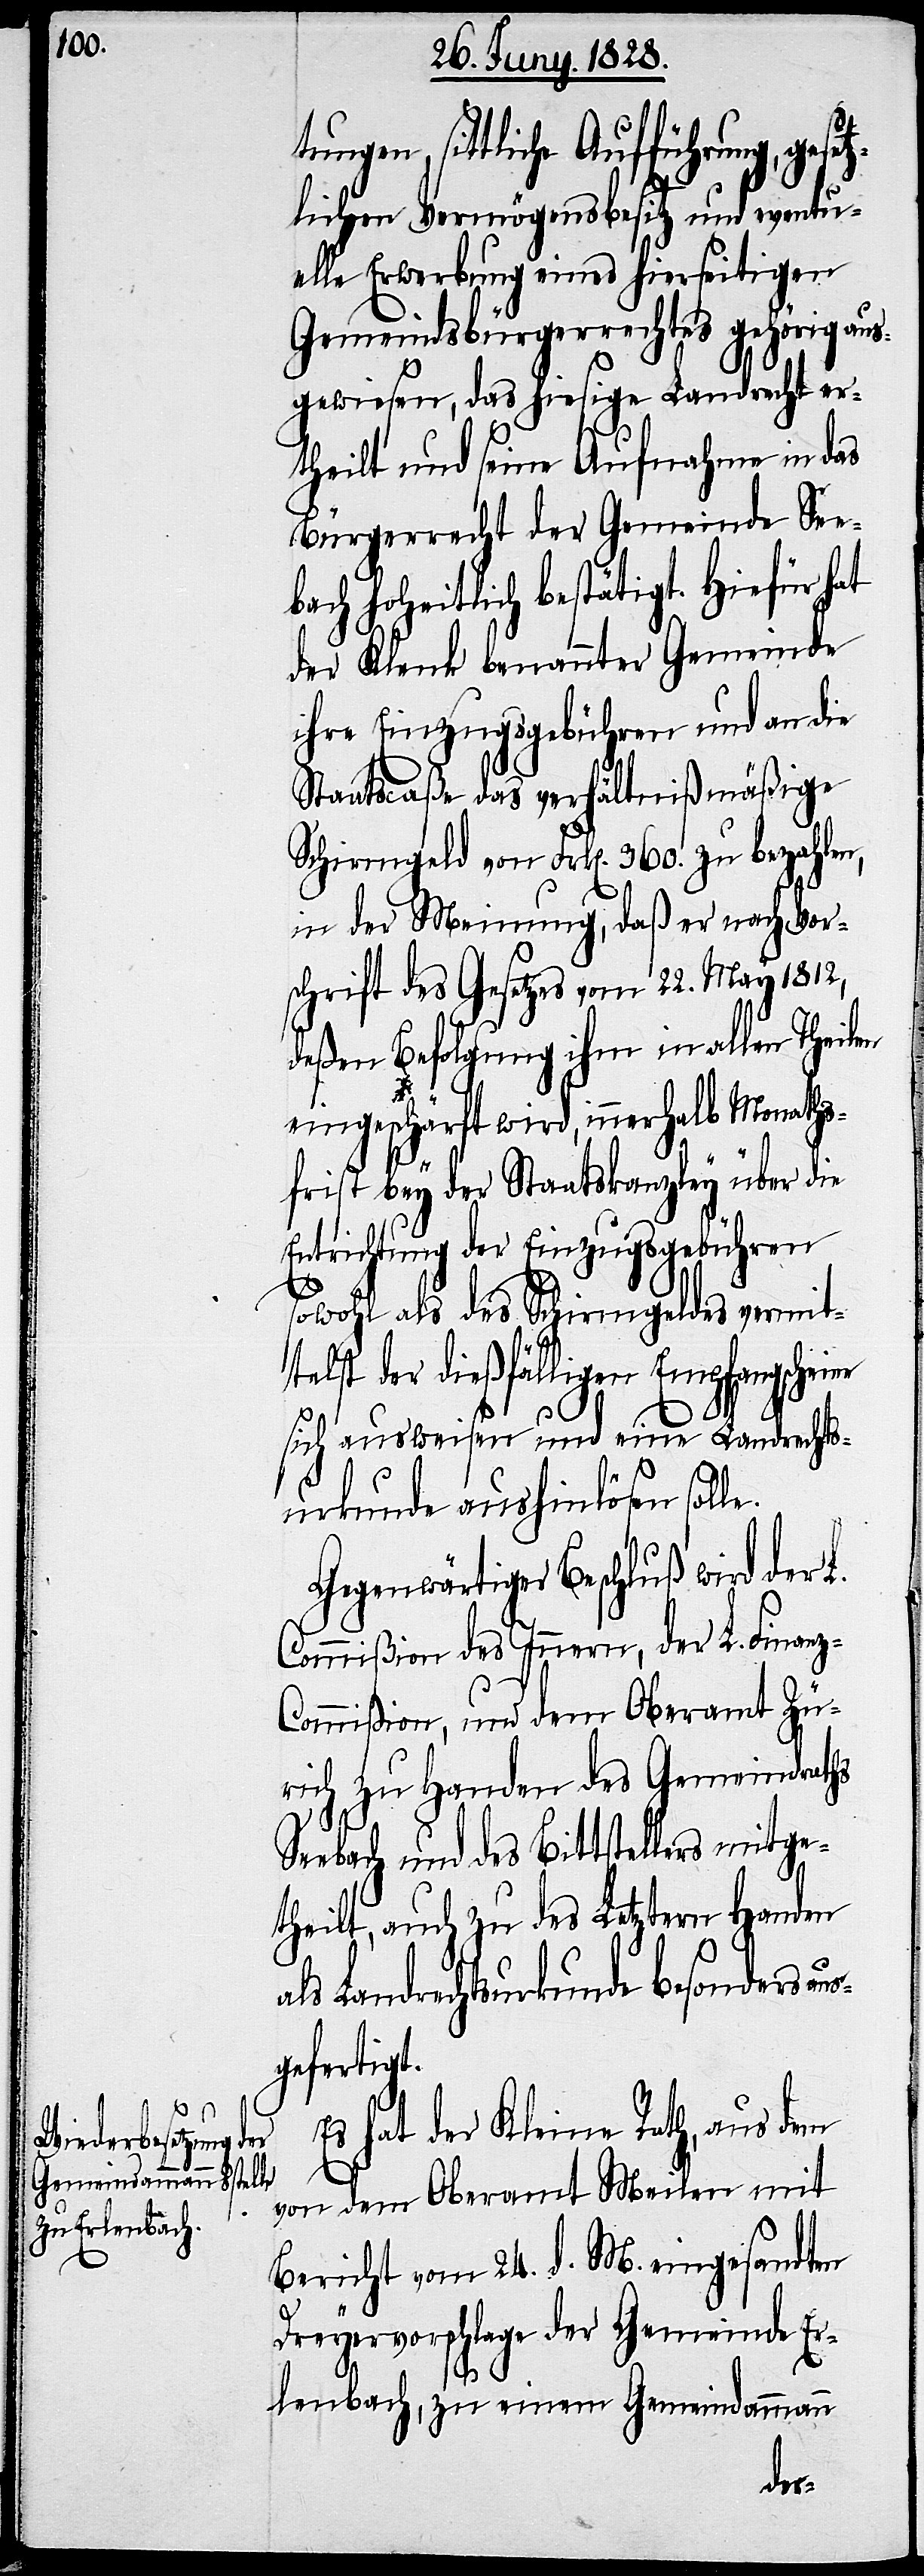
tel¬

tungen, sittliche Aufführung, geset¬
zlichen Vermögensbesitz und eventu¬
elle Erwerbung eines hierseitigen
Gemeindsbürgerrechtes gehörig aus¬
gewiesen, das hiesige Landrecht er¬
theilt und seine Aufnahme in das
Bürgerrecht der Gemeinde See¬
hoheitlich bestätigt. Hiefür
der Klenk benannter Gemeinde
ihre Einzugsgebühren und an die
Staatscaße das verhältnißmäßige
Schirmgeld von Frk[en]. 360. zu bezahlen,
in der Meinung, daß er nach Vor¬
schrift des Gesetzes vom 22. May 1812,
deßen Befolgung ihm in allen Theilen
eingeschärft wird, innerhalb Monaths¬
frist bey der Staatskanzley über die
Entrichtung der Einzugsgebühren
sowohl als des Schirmgeldes vermit¬
st der dießfälligen Empfangsche¬
sich ausweisen und eine Landrechts¬
urkunde aushinlösen soll¬
Gegenwärtiger Beschluß wird der L.
Commißion des Innern, der L. Finan¬
z-Commißion, und dem Oberamt Zü¬
rich zu Handen des Gemeindraths
Seebach und des Bittstellers mitge¬
theilt, auch zu des Letztern Handen
Landrechtsurkunde besonders
gefertigt.
Es hat der Kleine Rath, aus dem
e.
von dem Oberamt Meilen mit
Bericht vom 24. d. M. eingesandten
Dreyervorschlage der Gemeinde Er¬
lenbach, zu einem Gemeindammann
aus¬